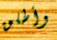
وأطلق